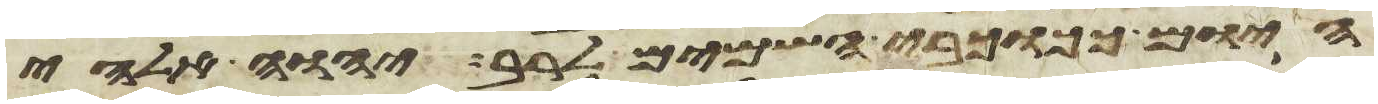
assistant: היום ככוכבי השמים לרב יהוה אלהי